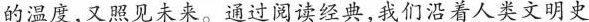
的温度,又照见未来。通过阅读经典,我们沿着人类文明史